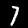
Digit: 7